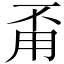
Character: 甭